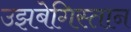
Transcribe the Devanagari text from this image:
उझबेगिस्तान